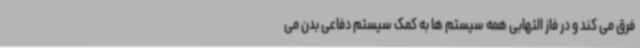
فرق می کند و در فاز التهابی همه سیستم ها به کمک سیستم دفاعی بدن می